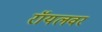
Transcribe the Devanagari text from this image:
रॉयलवर